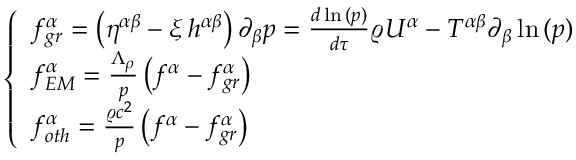
\left\{ \begin{array} { l l } { f _ { g r } ^ { \alpha } = \left( \eta ^ { \alpha \beta } - \xi \, h ^ { \alpha \beta } \right) \partial _ { \beta } p = \frac { d { \, \ln { ( p ) } } } { d \tau } \varrho U ^ { \alpha } - T ^ { \alpha \beta } \partial _ { \beta } \ln { ( p ) } } \\ { f _ { E M } ^ { \alpha } = \frac { \Lambda _ { \rho } } { p } \left( f ^ { \alpha } - f _ { g r } ^ { \alpha } \right) } \\ { f _ { o t h } ^ { \alpha } = \frac { \varrho c ^ { 2 } } { p } \left( f ^ { \alpha } - f _ { g r } ^ { \alpha } \right) } \end{array} \right.